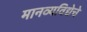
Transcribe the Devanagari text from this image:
मानव्यविद्येचे